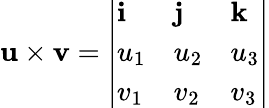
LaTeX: \mathbf{u\times v}={\left|\begin{array}{lll}{\mathbf{i}}&{\mathbf{j}}&{\mathbf{k}}\\ {u_{1}}&{u_{2}}&{u_{3}}\\ {v_{1}}&{v_{2}}&{v_{3}}\end{array}\right|}